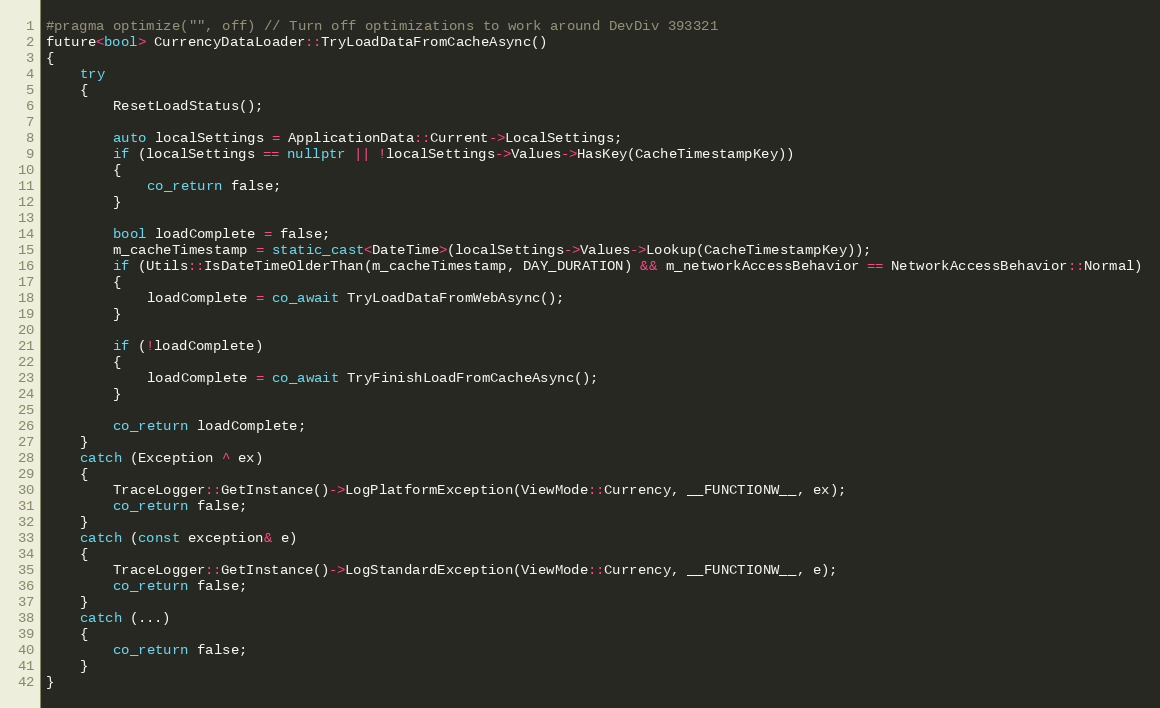
Language: C++
#pragma optimize("", off) // Turn off optimizations to work around DevDiv 393321
future<bool> CurrencyDataLoader::TryLoadDataFromCacheAsync()
{
    try
    {
        ResetLoadStatus();

        auto localSettings = ApplicationData::Current->LocalSettings;
        if (localSettings == nullptr || !localSettings->Values->HasKey(CacheTimestampKey))
        {
            co_return false;
        }

        bool loadComplete = false;
        m_cacheTimestamp = static_cast<DateTime>(localSettings->Values->Lookup(CacheTimestampKey));
        if (Utils::IsDateTimeOlderThan(m_cacheTimestamp, DAY_DURATION) && m_networkAccessBehavior == NetworkAccessBehavior::Normal)
        {
            loadComplete = co_await TryLoadDataFromWebAsync();
        }

        if (!loadComplete)
        {
            loadComplete = co_await TryFinishLoadFromCacheAsync();
        }

        co_return loadComplete;
    }
    catch (Exception ^ ex)
    {
        TraceLogger::GetInstance()->LogPlatformException(ViewMode::Currency, __FUNCTIONW__, ex);
        co_return false;
    }
    catch (const exception& e)
    {
        TraceLogger::GetInstance()->LogStandardException(ViewMode::Currency, __FUNCTIONW__, e);
        co_return false;
    }
    catch (...)
    {
        co_return false;
    }
}